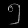
Digit: ၅